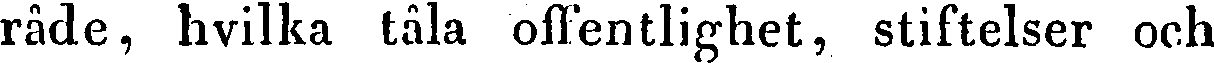
råde, hvilka tåla offentlighet, stiftelser och